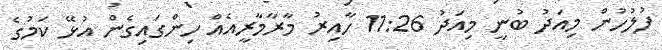
ފުލުހުން މިއަދު ބުނީ މިއަދު 11:26 ހާއިރު މާރާމާރީއެއް ހިންގައިގެން އުޅޭ ކަމުގެ